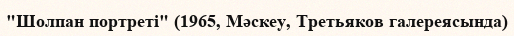
"Шолпан портреті" (1965, Мәскеу, Третьяков галереясында)